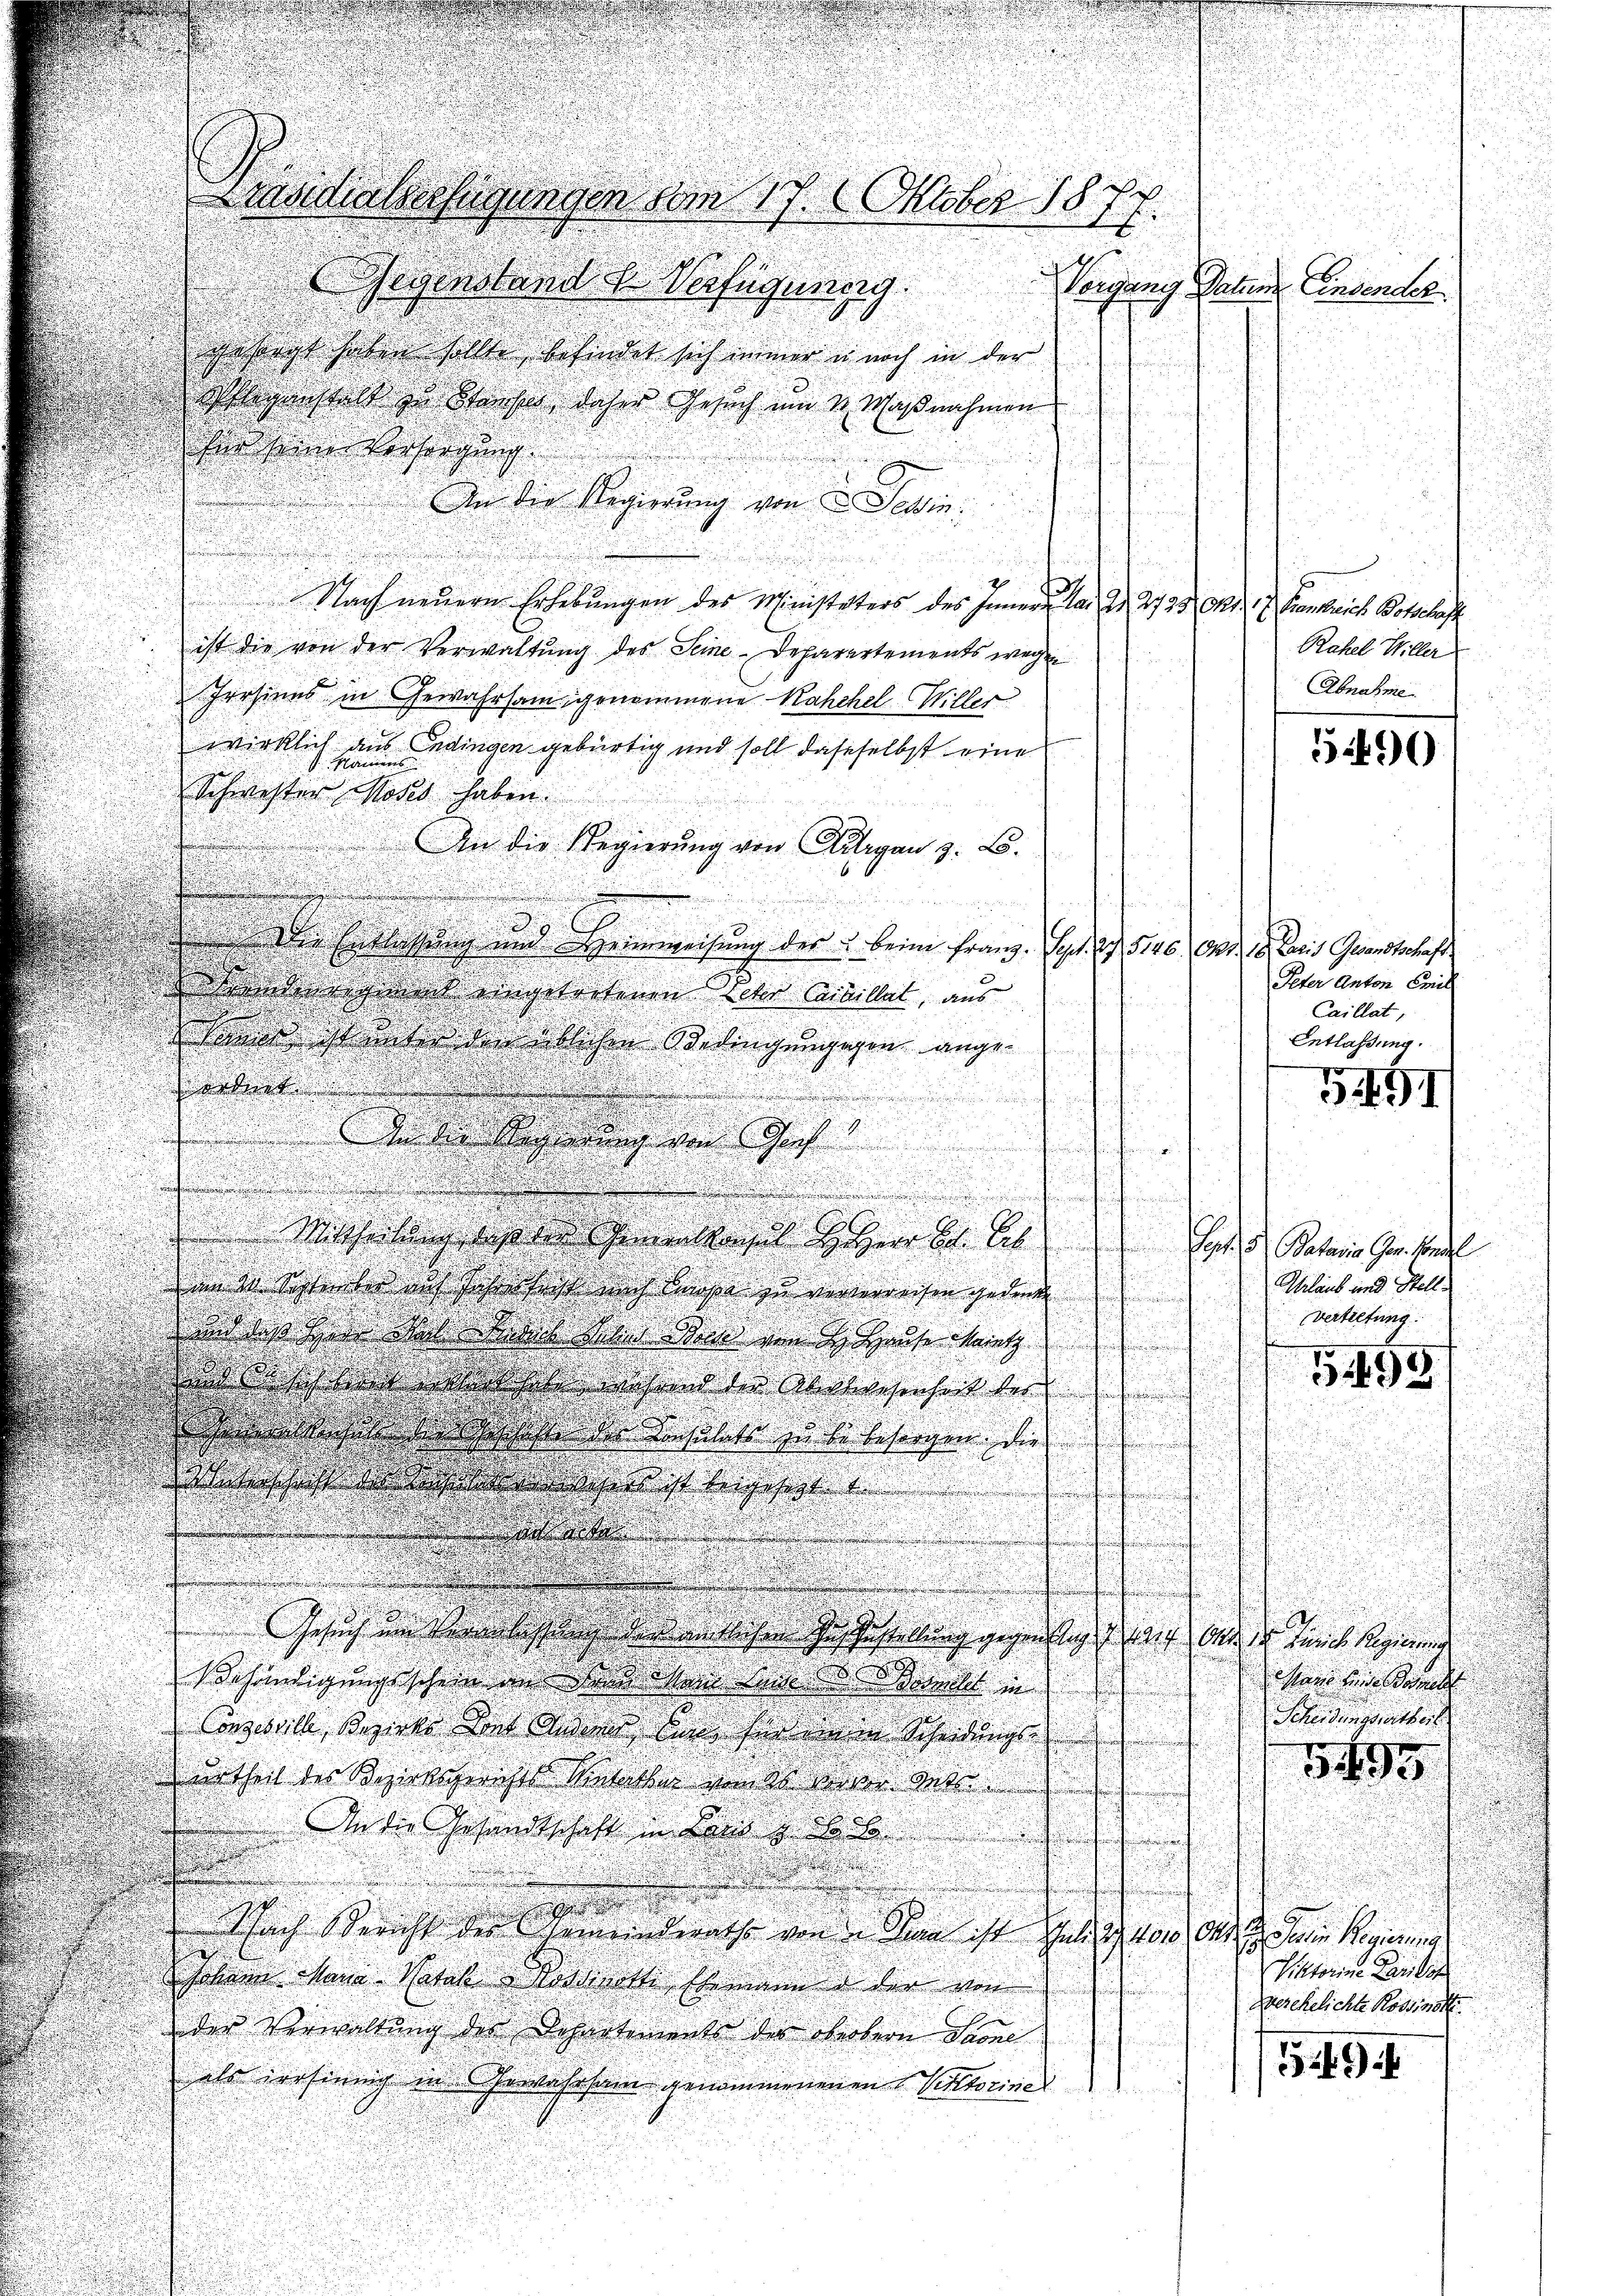
shängt haben sollte, befindet sich immer in noch in der
swegenstalt zu Basel daher Gesuch um 1. Maßnahmen
hin seine Vorsorgung
An die Regierung von Sein
Nach neuern Erhebŭngen des Ministaters des Innern dar d. 2735 Okt. 17. Frankreich Botschaft
ist die von der Verwaltung des Seine Deparartements wegen
Irrsinns in Gewahrsam genommene Kahchel Willer
wirklich aus Endingen gebürtig und soll dasselbst eine
 Namens
Schwester Moser haben.
An die Regierŭng von Aargau z. B.
r
g
Die Entlassung um Heimweisung der beim Franz. Sept. 27. 5146. Okt. 18. Daris Gesandtschaft
deat eingetretenen Ueber Civillet, aus
.
.
tant ist denklichen Bedingungegen ange¬

.
dacht
.

d
.

n

.
g

e
ohe Regierung der Co

n

.

.
d
.

.

Mittheilig diesenheit zwar bei Ab
.

 de Schreibe mit sich heit nach laße zu wederreisingen
.
handes hin das den den Dich im Hause leich
dchen habe das an die Verlesenheit der

a
d
gasse des Bunde zu besagen, die
t
d
d
.
u
dd
u
g
.
.

.

d
.
u
.
e

.

.
¬
d

Gesuch in der das
gestellung gegenstig sich
.
d
Behändigung schein an denken und dankt in
Conzessill, Bezirke den Anderer eine sonderem Scheidungs
urtheil der Bezirksgerichts unter und die des
d

Under Gesandtschaft in dem alb

.
.

.
7fach Bericht der Gemeinderats von den ist gelitt
schen dene Meine ordnete mann die von
der Verwaltung der Departements der Bestern diene
als irrsinung in Gewahrsam genommenenen Pistoriner

itiersagungen dem 17. 6. Oktober 1877.
egenstand Verfügung

2

Vorgang Datum Einsender

Rahel Willer
Abnahme

5490

Peter Anton Emil
Caillat,
Entlassung.

p
391

Sept. 5 Bataria Ger. Handel
Ablaub und Stell
Vertiefung

493

bei der Zürich Regierung
sane beide dasell
Scheidungswertheil
5495.
d Dein Regierung
Viktorine Paritis
gesehelichte Rossinst

1549